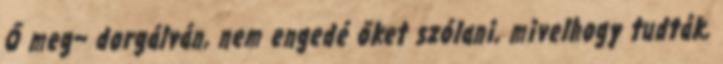
Ő meg− dorgálván, nem engedé őket szólani, mivelhogy tudták,